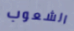
الشعوب